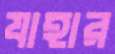
যাহার